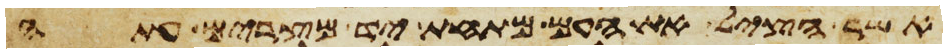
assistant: אשר הציל את העם מתחת יד מצרים עתה